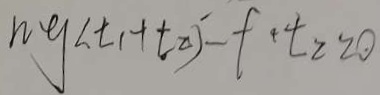
n g ( t _ { 1 } + t _ { 2 } ) - f + 2 _ { 2 } = 0